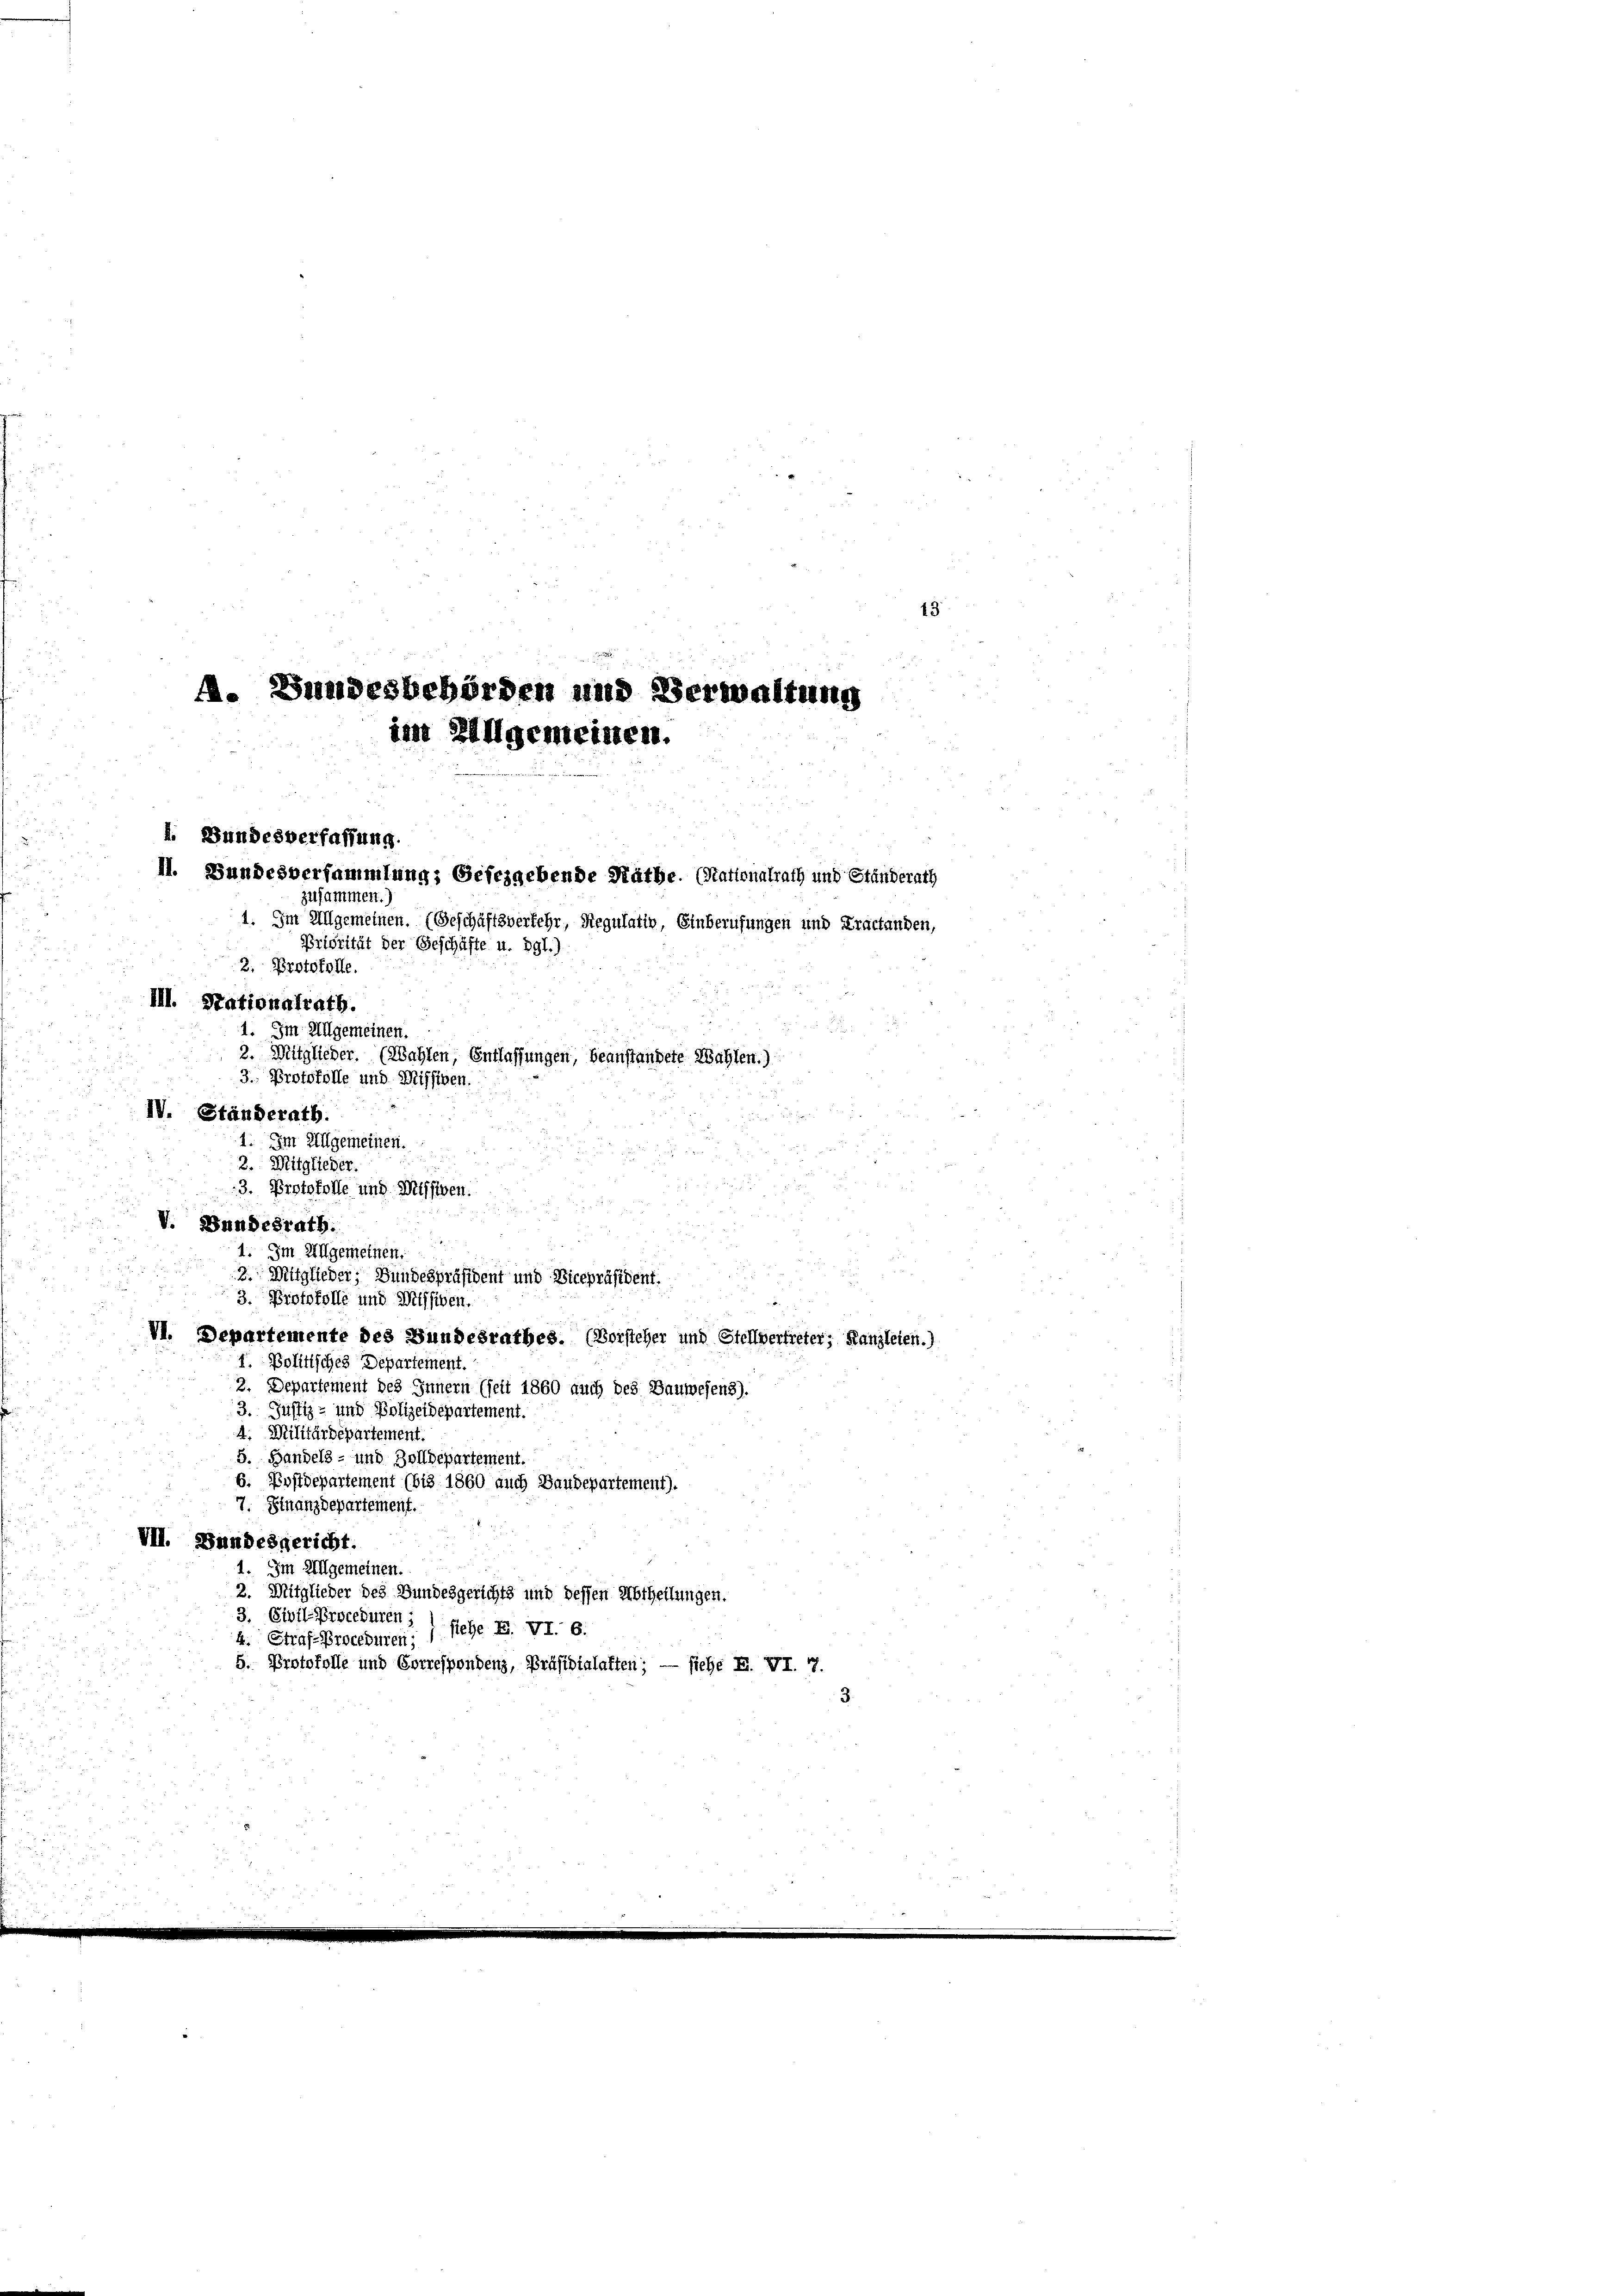
. Bundesbehörden und Verwaltung
im Allgemeinen.
I. Bundesverfassung.
II. Bundesversammlung; Gesezgebende Räthe. (Rattonalrath und Ständerath
zusammen.)

1. Im Allgemeinen. (Geschäftsverkehr, Regulativ, Einberufungen und Practanden,
Priorität der Geschäfte u. dgl.)
2. Protokolle.
III. Stationalrath.
1. Im Allgemeinen.
2. Mitglieder. (Wahlen, Entlassungen, beanstandete Wahlen.)
3. Protokolle und Diffigen.
IV. Ständerath.
Im Allgemeinen.
2. Mitglieder.
.
3. Protokolle und Missiben.

2
35
V. Bundesrath.

1. Im Allgemeinen.
r
2. Mitglieder, Bundespräsident und Vicepräsident.

3. Protokolle und Wilsiben.
VI. Departemente des Bundesrathes. (Vorsteher und Stellvertreter, Kanzleien.)
1. Politisches Departement.
2. Departement des Innern (seit 1860 auch des Bauwesens).
3. Justiz- und Polizeidepartement.
unus
4. Militärdepartement.
.

5. Handels- und Zolldepartement.
6. Postdepartement (bis 1860 auch Baudepartement).
7. Finanzdepartement.
VII. Bundesgericht.
Im Allgemeinen.
2. Mitglieder des Bundesgerichts und dessen Abtheilungen.
3. Civil-Proceduren;
k. Straf-Proceduren; 1 stehe F. VI. 6.
5. Protokolle und Correspondenz, Präsidialaften; — siehe E. VI. 7.
5

d

43